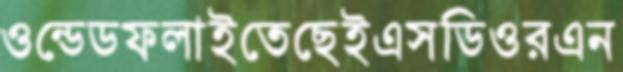
ওন্ডেডফলাইতেছেইএসডিওরএন